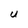
Character: U